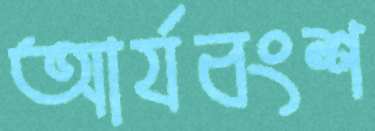
আর্যবংশ